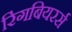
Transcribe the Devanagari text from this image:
रिंगबियरर्स